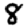
Digit: 8